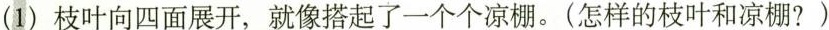
(1)枝叶向四面展开，就像搭起了一个个凉棚。(怎样的枝叶和凉棚?)